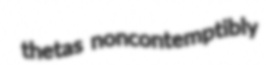
thetas noncontemptibly